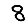
Digit: 8